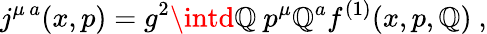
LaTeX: j^{\mu\, a}(x,p)=g^{2}\intd\mathbb{Q}\ p^{\mu}\mathbb{Q}^{a}f^{(1)}(x,p,\mathbb{Q})\ ,